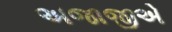
અજાજીએ